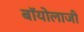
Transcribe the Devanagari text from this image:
बॉयोलाजी